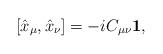
LaTeX: \begin{align*}[\hat{x}_{\mu},\hat{x}_{\nu}]=-iC_{\mu\nu}{\bf 1}, \end{align*}